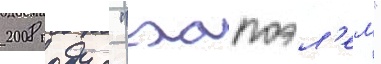
2008 году с "хапоэл'ем"